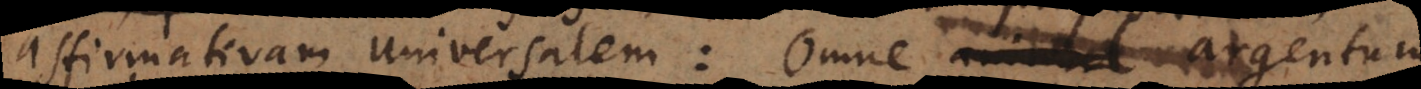
affirmativam universalem Omne argentum